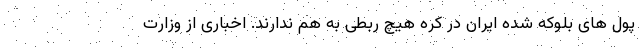
پول های بلوکه شده ایران در کره هیچ ربطی به هم ندارند. اخباری از وزارت